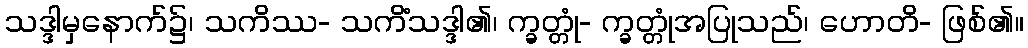
သဒ္ဒါမှနောက်၌၊ သကိဿ- သကိံသဒ္ဒါ၏၊ က္ခတ္တုံ- က္ခတ္တုံအပြုသည်၊ ဟောတိ- ဖြစ်၏။